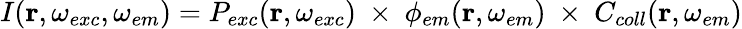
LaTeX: \begin{array}{r}{I(\mathbf{r},\omega_{exc},\omega_{em})=P_{exc}(\mathbf{r},\omega_{exc})~\times~\phi_{em}(\mathbf{r},\omega_{em})\ \times~C_{coll}(\mathbf{r},\omega_{em})}\end{array}